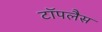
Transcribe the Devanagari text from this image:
टॉपलैस